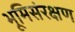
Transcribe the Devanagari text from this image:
भूमिसंरक्षण